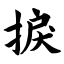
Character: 捩